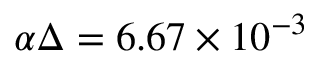
\alpha \Delta = 6 . 6 7 \times 1 0 ^ { - 3 }